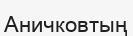
Аничковтың